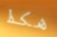
هكذا